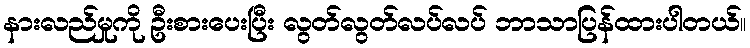
နားလည်မှုကို ဦးစားပေးပြီး လွတ်လွတ်လပ်လပ် ဘာသာပြန်ထားပါတယ်။